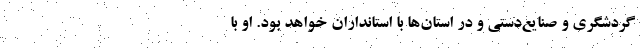
گردشگری و صنایع‌دستی و در استان‌ها با استانداران خواهد بود. او با